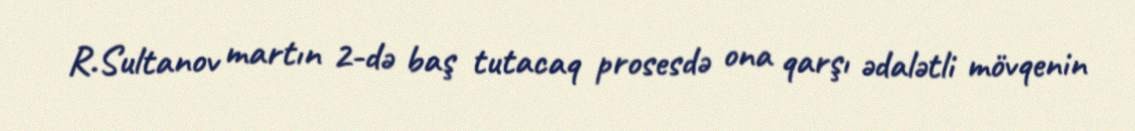
R.Sultanov martın 2-də baş tutacaq prosesdə ona qarşı ədalətli mövqenin